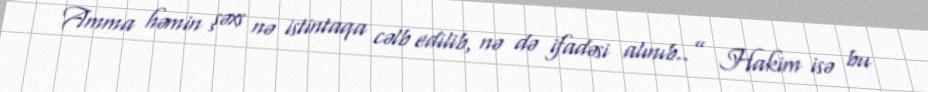
Amma həmin şəxs nə istintaqa cəlb edilib, nə də ifadəsi alınıb..” Hakim isə bu